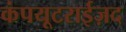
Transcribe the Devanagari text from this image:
कंपयूटराईज़द